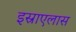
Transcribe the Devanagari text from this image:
इस्राएलास